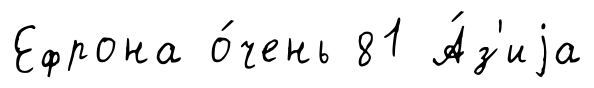
Ефрона о́чень 81 А́з'иjа